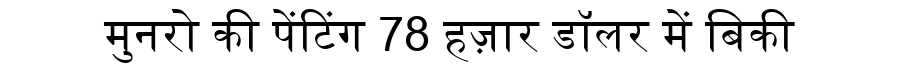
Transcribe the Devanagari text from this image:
मुनरो की पेंटिंग 78 हज़ार डॉलर में बिकी